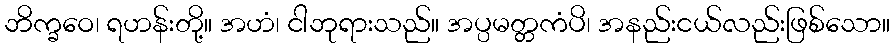
ဘိက္ခဝေ၊ ရဟန်းတို့။ အဟံ၊ ငါဘုရားသည်။ အပ္ပမတ္တကံပိ၊ အနည်းငယ်လည်းဖြစ်သော။